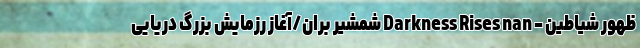
ظهور شیاطین - Darkness Rises nan شمشیر بُران/آغاز رزمایش بزرگ دریایی